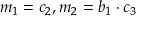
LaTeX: m _ { 1 } = c _ { 2 } , m _ { 2 } = b _ { 1 } \cdot c _ { 3 }